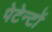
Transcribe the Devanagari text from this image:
पेटेन्टों